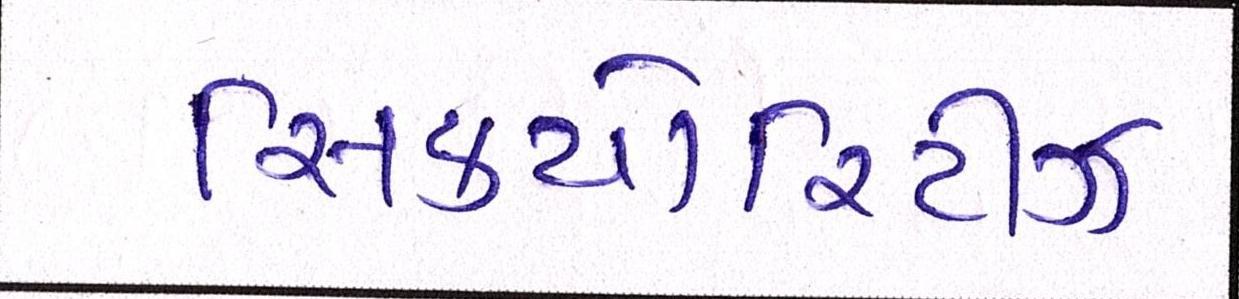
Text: સિક્યોરિટીઝ